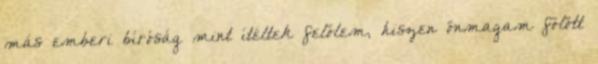
más emberi bíróság mint ítéltek felőlem, hiszen önmagam fölött